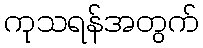
ကုသရန်အတွက်